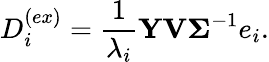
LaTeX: D_{i}^{(ex)}=\frac{1}{\lambda_{i}}\mathbf{Y}\mathbf{V}\boldsymbol{\Sigma}^{-1}e_{i}.